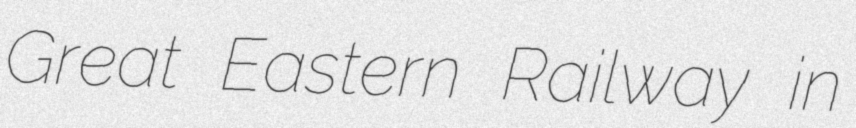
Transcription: Great Eastern Railway in